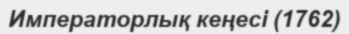
Императорлық кеңесі (1762)